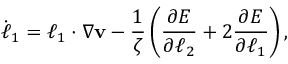
\dot { \boldsymbol { \ell } } _ { 1 } = \boldsymbol { \ell } _ { 1 } \cdot \nabla \mathbf { v } - \frac { 1 } { \zeta } \left( \frac { \partial E } { \partial { \boldsymbol { \ell } _ { 2 } } } + 2 \frac { \partial E } { \partial { \boldsymbol { \ell } _ { 1 } } } \right) ,